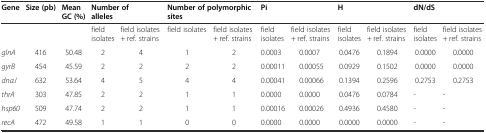
<table><thead><tr><td><b>Gene</b></td><td><b>Size (pb)</b></td><td><b>Mean GC (%)</b></td><td colspan="2"><b>Number of alleles</b></td><td colspan="2"><b>Number of polymorphic sites</b></td><td colspan="2"><b>Pi</b></td><td colspan="2"><b>H</b></td><td colspan="2"><b>dN/dS</b></td></tr></thead><tbody><tr><td>[EMPTY_CELL]</td><td>[EMPTY_CELL]</td><td>[EMPTY_CELL]</td><td>field isolates</td><td>field isolates + ref. strains</td><td>field isolates</td><td>field isolates + ref. strains</td><td>field isolates</td><td>field isolates + ref. strains</td><td>field isolates</td><td>field isolates + ref. strains</td><td>field isolates</td><td>field isolates + ref. strains</td></tr><tr><td><i>glnA</i></td><td>416</td><td>50.48</td><td>2</td><td>4</td><td>1</td><td>2</td><td>0.0003</td><td>0.0007</td><td>0.0476</td><td>0.1894</td><td>0.0000</td><td>0.0000</td></tr><tr><td><i>gyrB</i></td><td>454</td><td>45.59</td><td>2</td><td>2</td><td>2</td><td>2</td><td>0.00011</td><td>0.00055</td><td>0.0929</td><td>0.1502</td><td>0.0000</td><td>0.0000</td></tr><tr><td><i>dnaJ</i></td><td>632</td><td>53.64</td><td>4</td><td>5</td><td>4</td><td>4</td><td>0.00041</td><td>0.00066</td><td>0.1394</td><td>0.2596</td><td>0.2753</td><td>0.2753</td></tr><tr><td><i>thrA</i></td><td>303</td><td>47.85</td><td>2</td><td>2</td><td>1</td><td>1</td><td>0.0000</td><td>0.0000</td><td>0.0476</td><td>0.0784</td><td>-</td><td>-</td></tr><tr><td><i>hsp60</i></td><td>509</td><td>47.74</td><td>2</td><td>2</td><td>1</td><td>1</td><td>0.00016</td><td>0.00026</td><td>0.4936</td><td>0.4580</td><td>-</td><td>-</td></tr><tr><td><i>recA</i></td><td>472</td><td>49.58</td><td>1</td><td>1</td><td>0</td><td>0</td><td>0.0000</td><td>0.0000</td><td>0.0000</td><td>0.0000</td><td>-</td><td>-</td></tr></tbody></table>